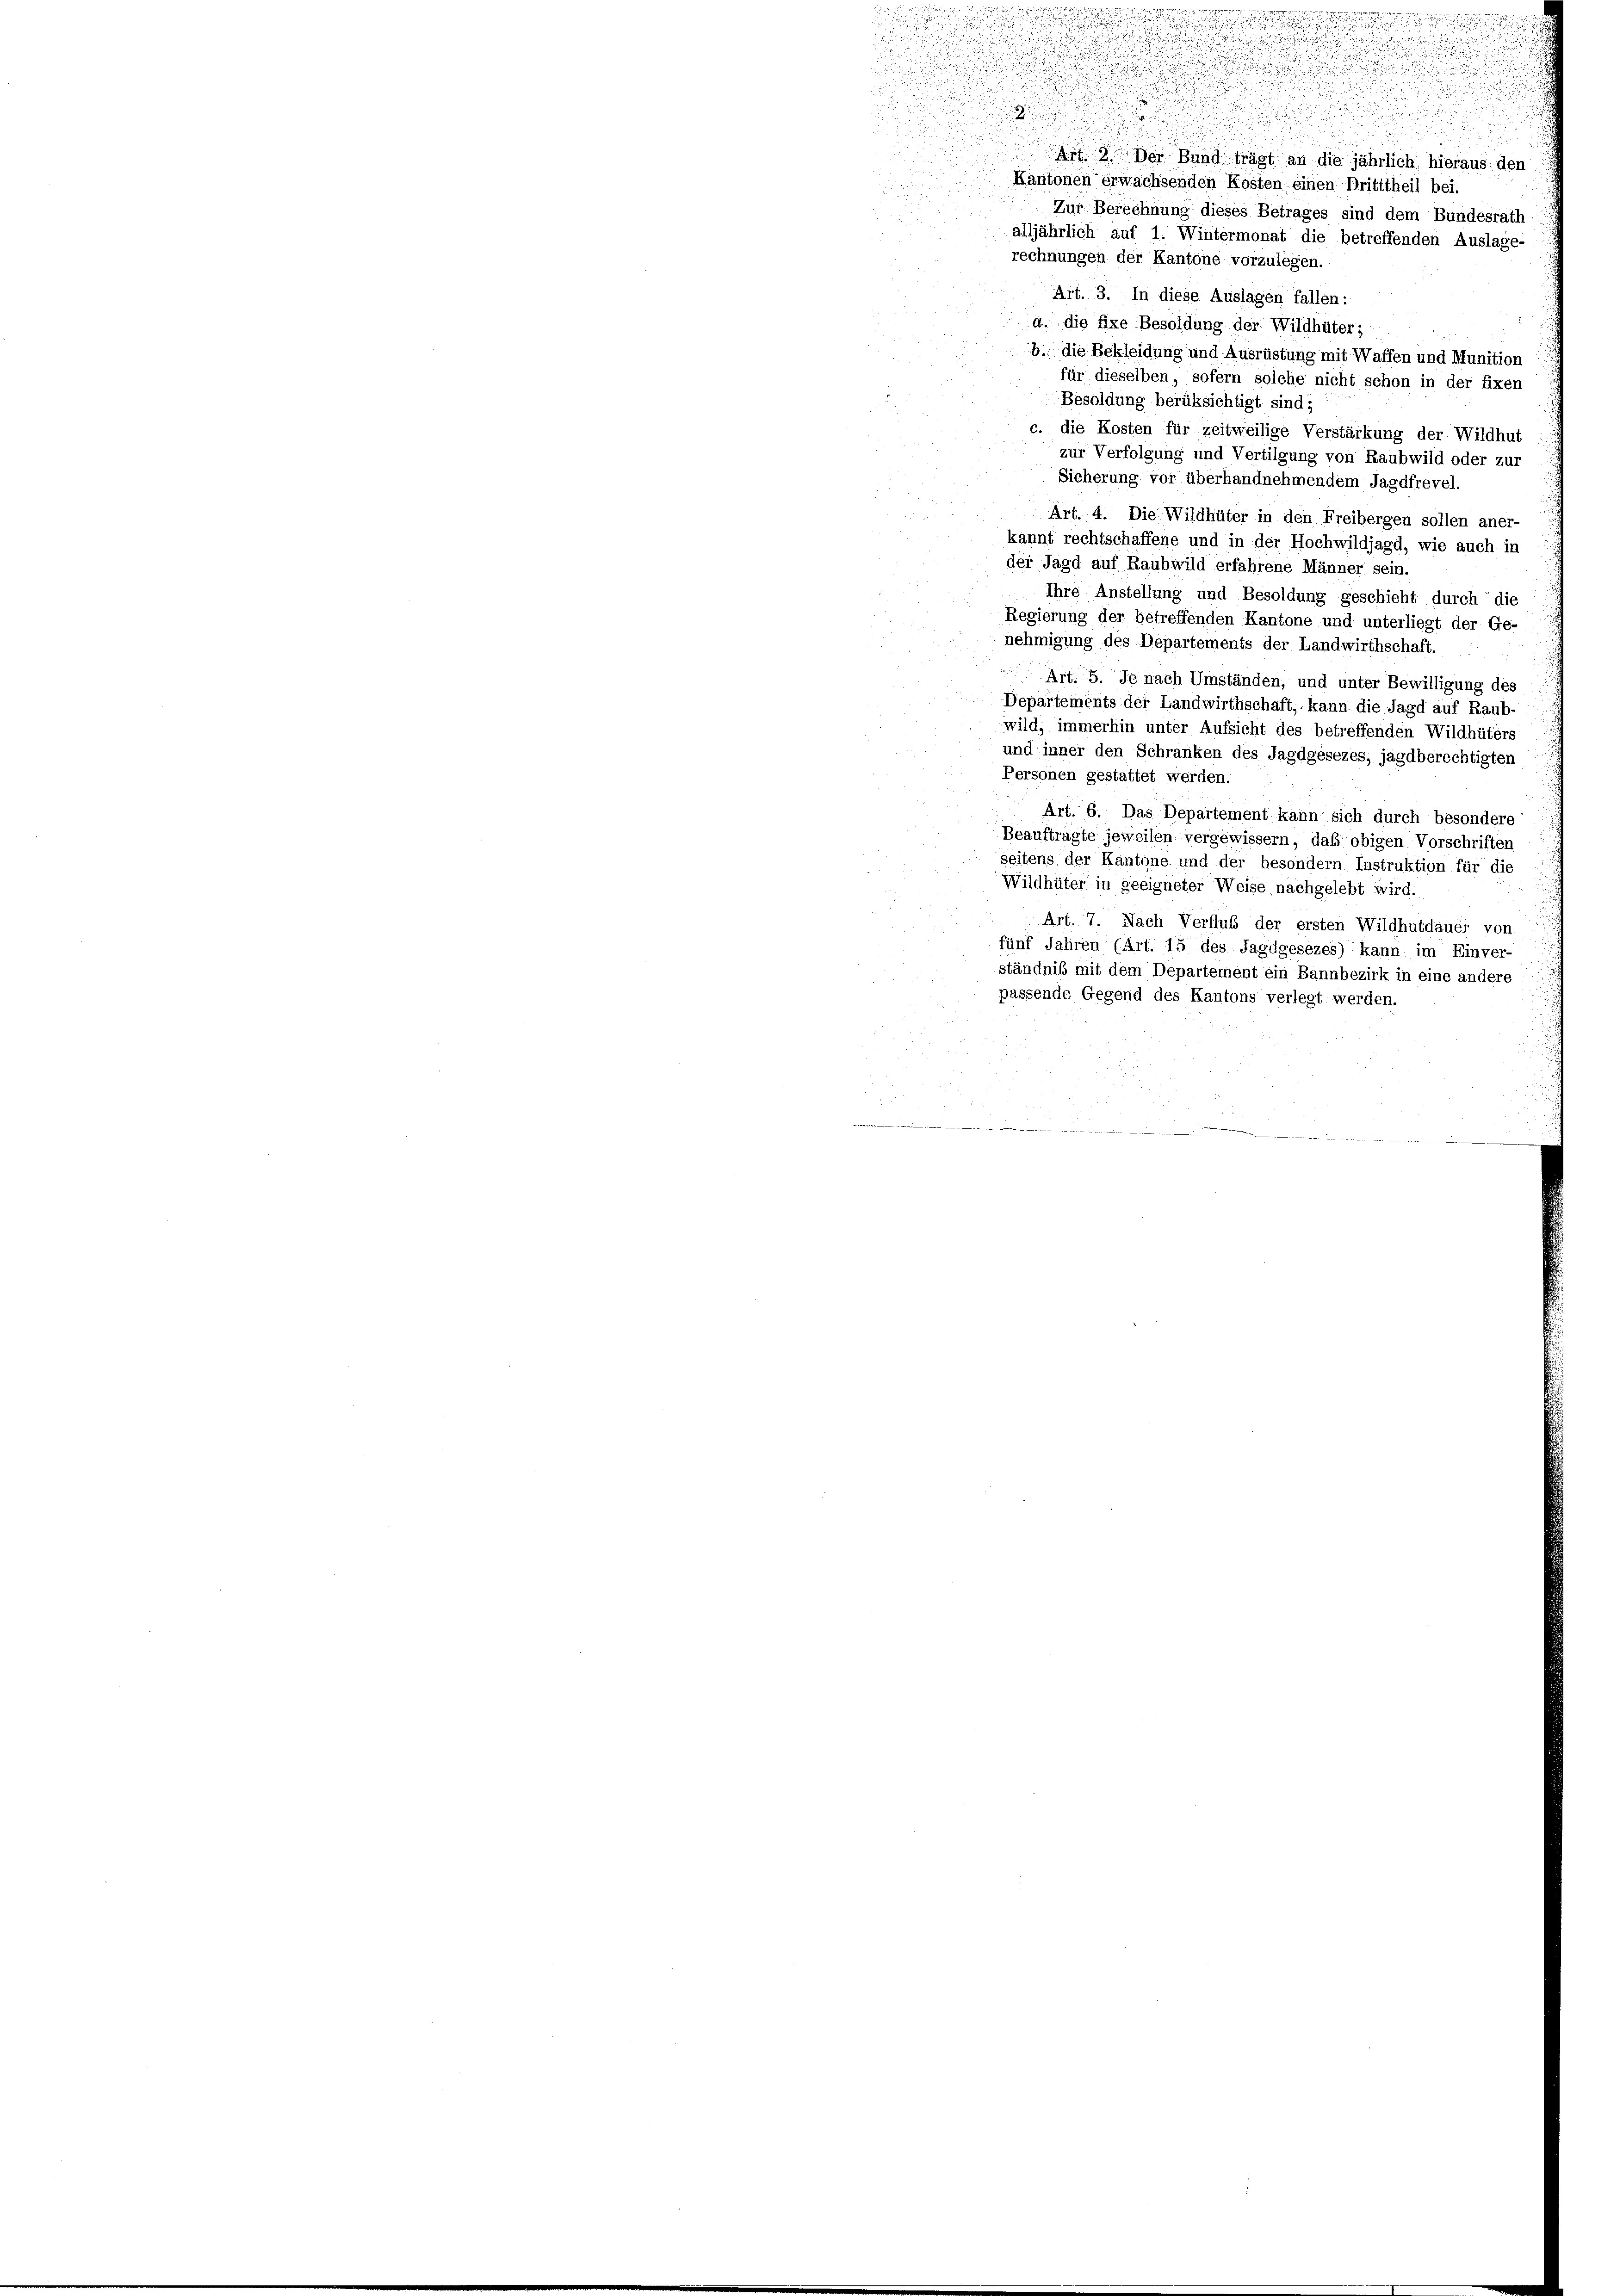
i
Zur Berechnung dieses Betrages sind dem Bundesrath
alljährlich auf 1. Wintermonat die betreffenden Auslage-
rechnungen der Kantone vorzulegen.
Art. 3. In diese Auslagen fallen:
a. die fixe Besoldung der Wildhüter;
b. die Bekleidung und Ausrüstung mit Waffen und Munition
für dieselben, sofern solche nicht schon in der fixen
Besoldung berüksichtigt sind;
c. die Kosten für zeitweilige Verstärkung der Wildhut
zur Verfolgung und Vertilgung von Raubwild oder zur
Sicherung vor überhandnehmendem Jagdfrevel.
Art. 4. Die Wildhüter in den Freibergen sollen aner-
kannt rechtschaffene und in der Hochwildjagd, wie auch in
der Jagd auf Raubwild erfahrene Männer sein.
Ihre Anstellung und Besoldung geschieht durch die
Regierung der betreffenden Kantone und unterliegt der Ge-
nehmigung des Departements der Landwirthschaft.
Art. 5. Je nach Umständen, und unter Bewilligung des
Departements der Landwirthschaft, kann die Jagd auf Raub-
wild, immerhin unter Aufsicht des betreffenden Wildhüters
und inner den Schranken des Jagdgesezes, jagdberechtigten
Personen gestattet werden.
Art. 6. Das Departement kann sich durch besondere
Beauftragte jeweilen vergewissern, das obigen Vorschriften
seitens der Kantone und der besondern Instruktion für die
Wildhüter in geeigneter Weise nachgelebt wird.
Art. 7. Nach Verfluß der ersten Wildhutdauer von
fünf Jahren (Art. 15 des Jagdgesezes) kann im Einver-
ständniß mit dem Departement ein Bannbezirk in eine andere
passende Gegend des Kantons verlegt werden.

m

.
u
d

.
u

.
Art. 3. Der Bund trägt an die jährlich hieraus den
Kantonen erwachsenden Kosten einen Drititheil bei.
u